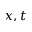
x , t